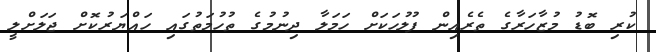
ކުރި ބޮޑު މުޒާހަރާގެ ތެރެއިން ފުލުހަކަށް ހަމަލާ ދިނުމުގެ ތުހުމަތުގައި ހައްޔަރުކޮށް ޖަލަށްލީ